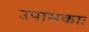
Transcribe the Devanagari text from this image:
उपासकाः